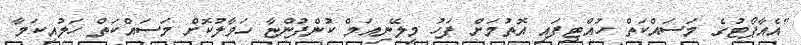
"އެއާޕޯޓުގެ މަސައްކަތް ހުއްޓިފައި އޮތުމަށް ފަހު މިލޭނިއަމް ކުންފުންޏާ ހަވާލުކޮށް މަސައްކަތް ހަލުއިކަމާ